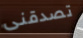
تصدقنى